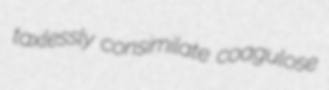
taxlessly consimilate coagulose